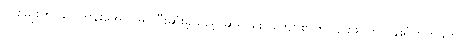
တစ်မျိုးဟု သင်တန်းအောင်မြင်ပြီးဆုံးခဲ့သည့် ဆရာစောကျော်စွာက ၎င်းဖိုင်ကို ဝန်းရံတိုက်ခိုက်